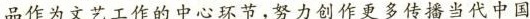
品作为文艺工作的中心环节，努力创作更多传播当代中国